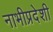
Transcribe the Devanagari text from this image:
नाभीप्रदेशी